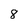
Character: 8